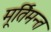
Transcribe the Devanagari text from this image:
मूर्तिमन्त